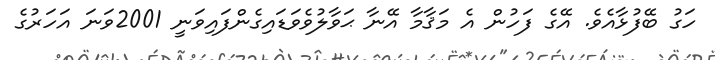
ހަގު ބޭފުޅާއެވެ. އޭގެ ފަހުން އެ މަޤާމާ އޭނާ ޙަވާލުވެވަޑައިގެންފައިވަނީ 2001ވަނަ އަހަރުގެ